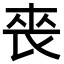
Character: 䘮